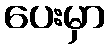
ပေးမှာ